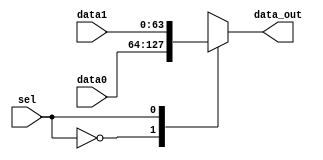
`timescale 1ns / 1ps
//////////////////////////////////////////////////////////////////////////////////
// Company: 
// Engineer: 
// 
// Design Name: 
// Module Name:    data_mux 
// Project Name: 
// Target Devices: 
// Tool versions: 
// Description: 
//
// Dependencies: 
//
// Revision: 
// Revision 0.01 - File Created
// Additional Comments: 
//
//////////////////////////////////////////////////////////////////////////////////
module data_mux(
	input [63:0] data0,
	input [63:0] data1,
	output [63:0] data_out,
	input sel
    );
	
	reg [63:0] data_s;
	assign data_out =  data_s;
	
	always @(*)
	begin
		case(sel)
			1'b0: data_s = data0;
			1'b1: data_s = data1;
		endcase
	end

endmodule